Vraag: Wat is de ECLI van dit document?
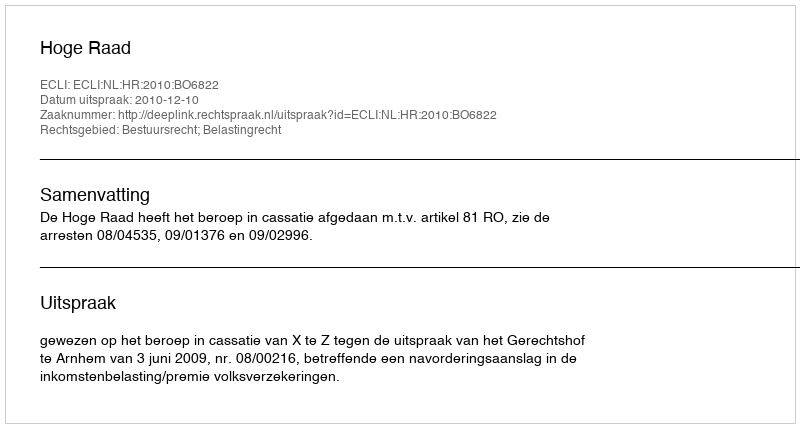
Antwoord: ECLI:NL:HR:2010:BO6822